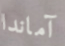
آماندا